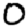
Digit: 0